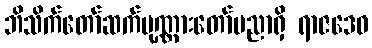
ဘိသိက်တော်ဆက်ပုဏ္ဏားတော်ပညာရှိ ရာဇဒေဝ